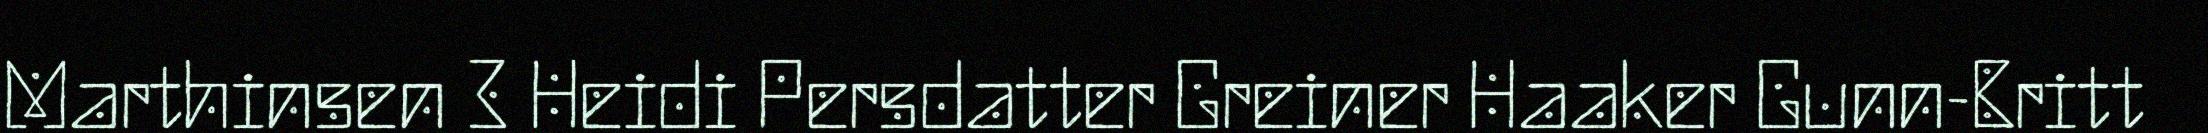
Marthinsen 3 Heidi Persdatter Greiner Haaker Gunn-Britt